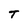
Character: T